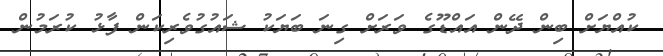
ކުއްޔަށް ބިން ދޭން އައްޑޫގެ ވަރަށް ގިނަ ބަޔަކު ޝައުގުވެރިކަން ފާޅު ކުރަމުން